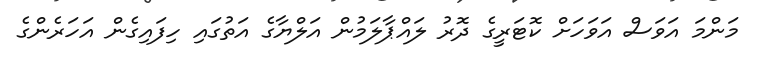
މަންމަ އަވަސް އަވަހަށް ކޮޓަރީގެ ދޮރު ލައްޕާލަމުން އަލްޔާގެ އަތުގައި ހިފައިގެން އަހަރެންގެ